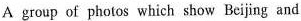
A group of photos which show Beijing and